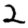
Digit: 2